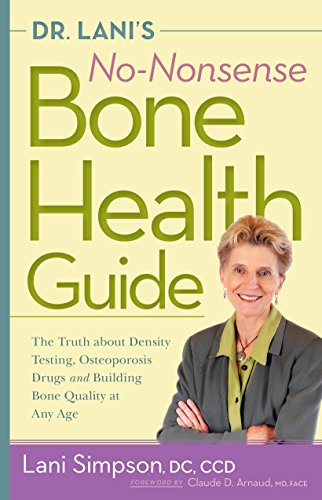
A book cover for Dr. Lani's No-Nonsense Bone Health Guide: The Truth About Density Testing, Osteoporosis Drugs, and Building Bone Quality at Any Age; Lani Simpson; Health, Fitness & Dieting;